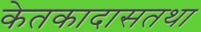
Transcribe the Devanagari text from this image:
केतकादासतथा